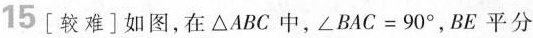
15 [较难] 如图，在 △ A B C 中，$$∠ B A C = 9 0 °$$ ，BE 平分